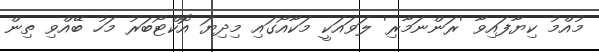
މުއްމު ކިޔާފައިވާ 'ރަންނަމާރި' ލަވައަކީ މަކާއޯގައި މިދިޔަ އޮކްޓޯބަރު މަހު ބޭއްވި ތިން